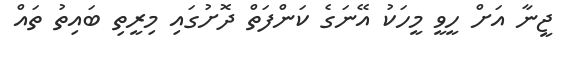
ޖީނާ އަށް ހީވީ މީހަކު އޭނަގެ ކަންފަތް ދޮށުގައި މިރީތި ބައިތު ތައް